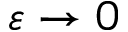
\varepsilon \rightarrow 0